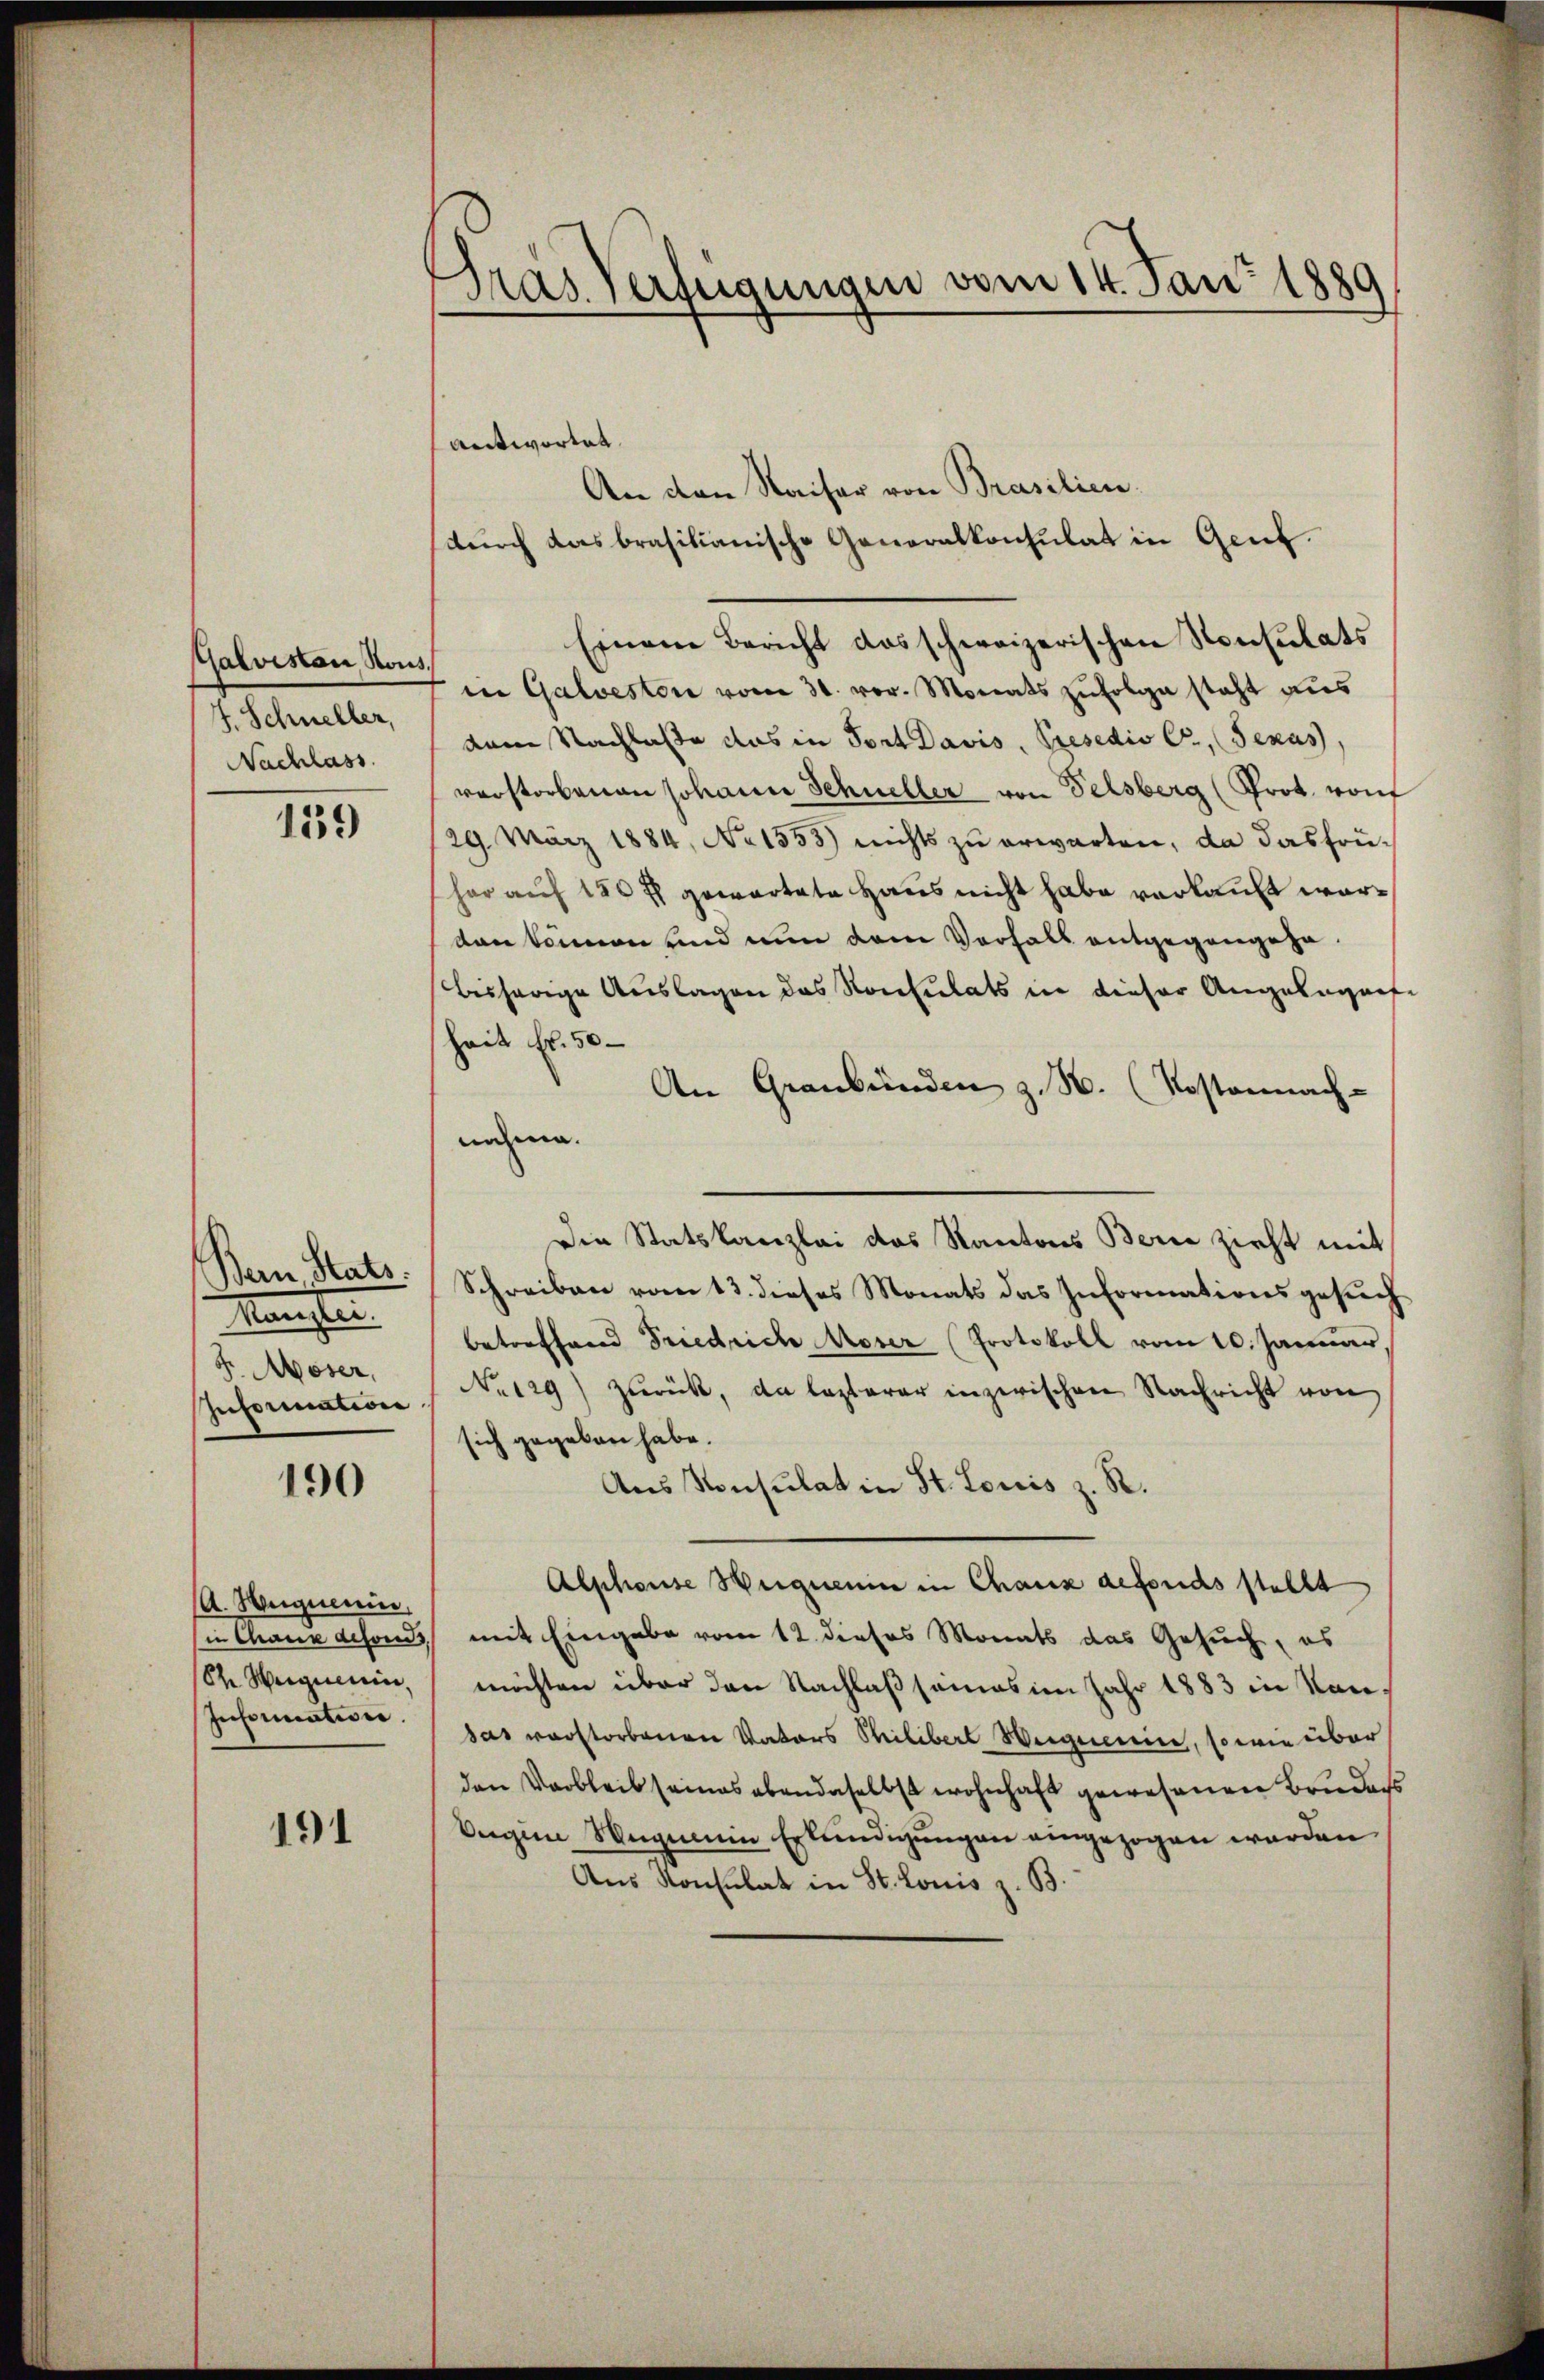
Galvistan Rous.
4. Schneller,
Nachlass

139

Ban Stats.
Kansten
F. Moser,
Inforication

190

A. Wegemein
8x Weigenein,
Instimation

191

antwortet.
An den Kaiser von Brasilien
durch das brasilianische Generalkonsulat in Genf.
Einem Bericht das schweizerischen Konsulats
in Galveston vom 31. vor. Monats zufolge steht aus
dem Nachlasse das in Fort Davis, Presedio C, Jenas
verstorbenen Johann Schneller von Felsberg (Prot. von
29. März 1884, No 1355) nichts zu erwarten, da das früher auf 150 fl gewartete Haus nicht habe verkauft wordan können und nun dem Verhalt entgegangehe
bisherige Auslagen das Konsulats in dieser Angelegente
heit Fr. 50
An Graubünden z. B. (Kostennach-
nahme.
Die Statskanzlei das Kantons Berne zieht mit
Schreiben vom 13. dieses Monats das Informationsgesŭch
betreffend Friedrich Moser (Protokoll vom 10. Januar,
No129) zŭrück, da lezterer inzwischen Nachricht von
sich gegeben habe.
Aus Konsulat in St. Louis z. R.
Alshause eignerin in Chaux defonds stellt
sie Chaux defonds mit Eingabe vom 12. dieses Monats das Gesuch, es
möchten über den Nachlaß seines im Jahr 1883 in Kan
das verstorbenen Vaters Philibert Weigenein, so wie über
den Verbleib seines ebendaselbst wohnhaft gewesenen Bruders
Vergien Wegmann Erkundigungen eingezogen werden
Aus Konsulat in St. Louis z. B.

Pras. Verfügungen vom 14. Jan. 1889